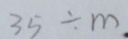
3 5 \div m .